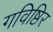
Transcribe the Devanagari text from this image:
गविष्ठिर